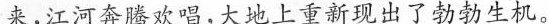
来，江河奔腾欢唱，大地上重新现出了勃勃生机。